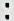
: